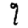
Digit: 9